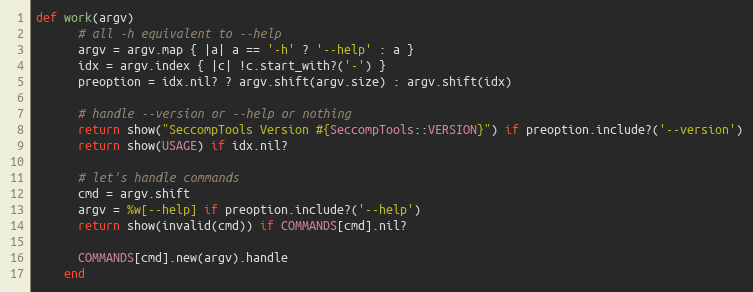
Language: Ruby
def work(argv)
      # all -h equivalent to --help
      argv = argv.map { |a| a == '-h' ? '--help' : a }
      idx = argv.index { |c| !c.start_with?('-') }
      preoption = idx.nil? ? argv.shift(argv.size) : argv.shift(idx)

      # handle --version or --help or nothing
      return show("SeccompTools Version #{SeccompTools::VERSION}") if preoption.include?('--version')
      return show(USAGE) if idx.nil?

      # let's handle commands
      cmd = argv.shift
      argv = %w[--help] if preoption.include?('--help')
      return show(invalid(cmd)) if COMMANDS[cmd].nil?

      COMMANDS[cmd].new(argv).handle
    end